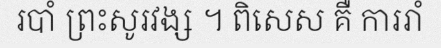
របាំ ព្រះសូរវង្ស ។ ពិសេស គឺ ការរាំ